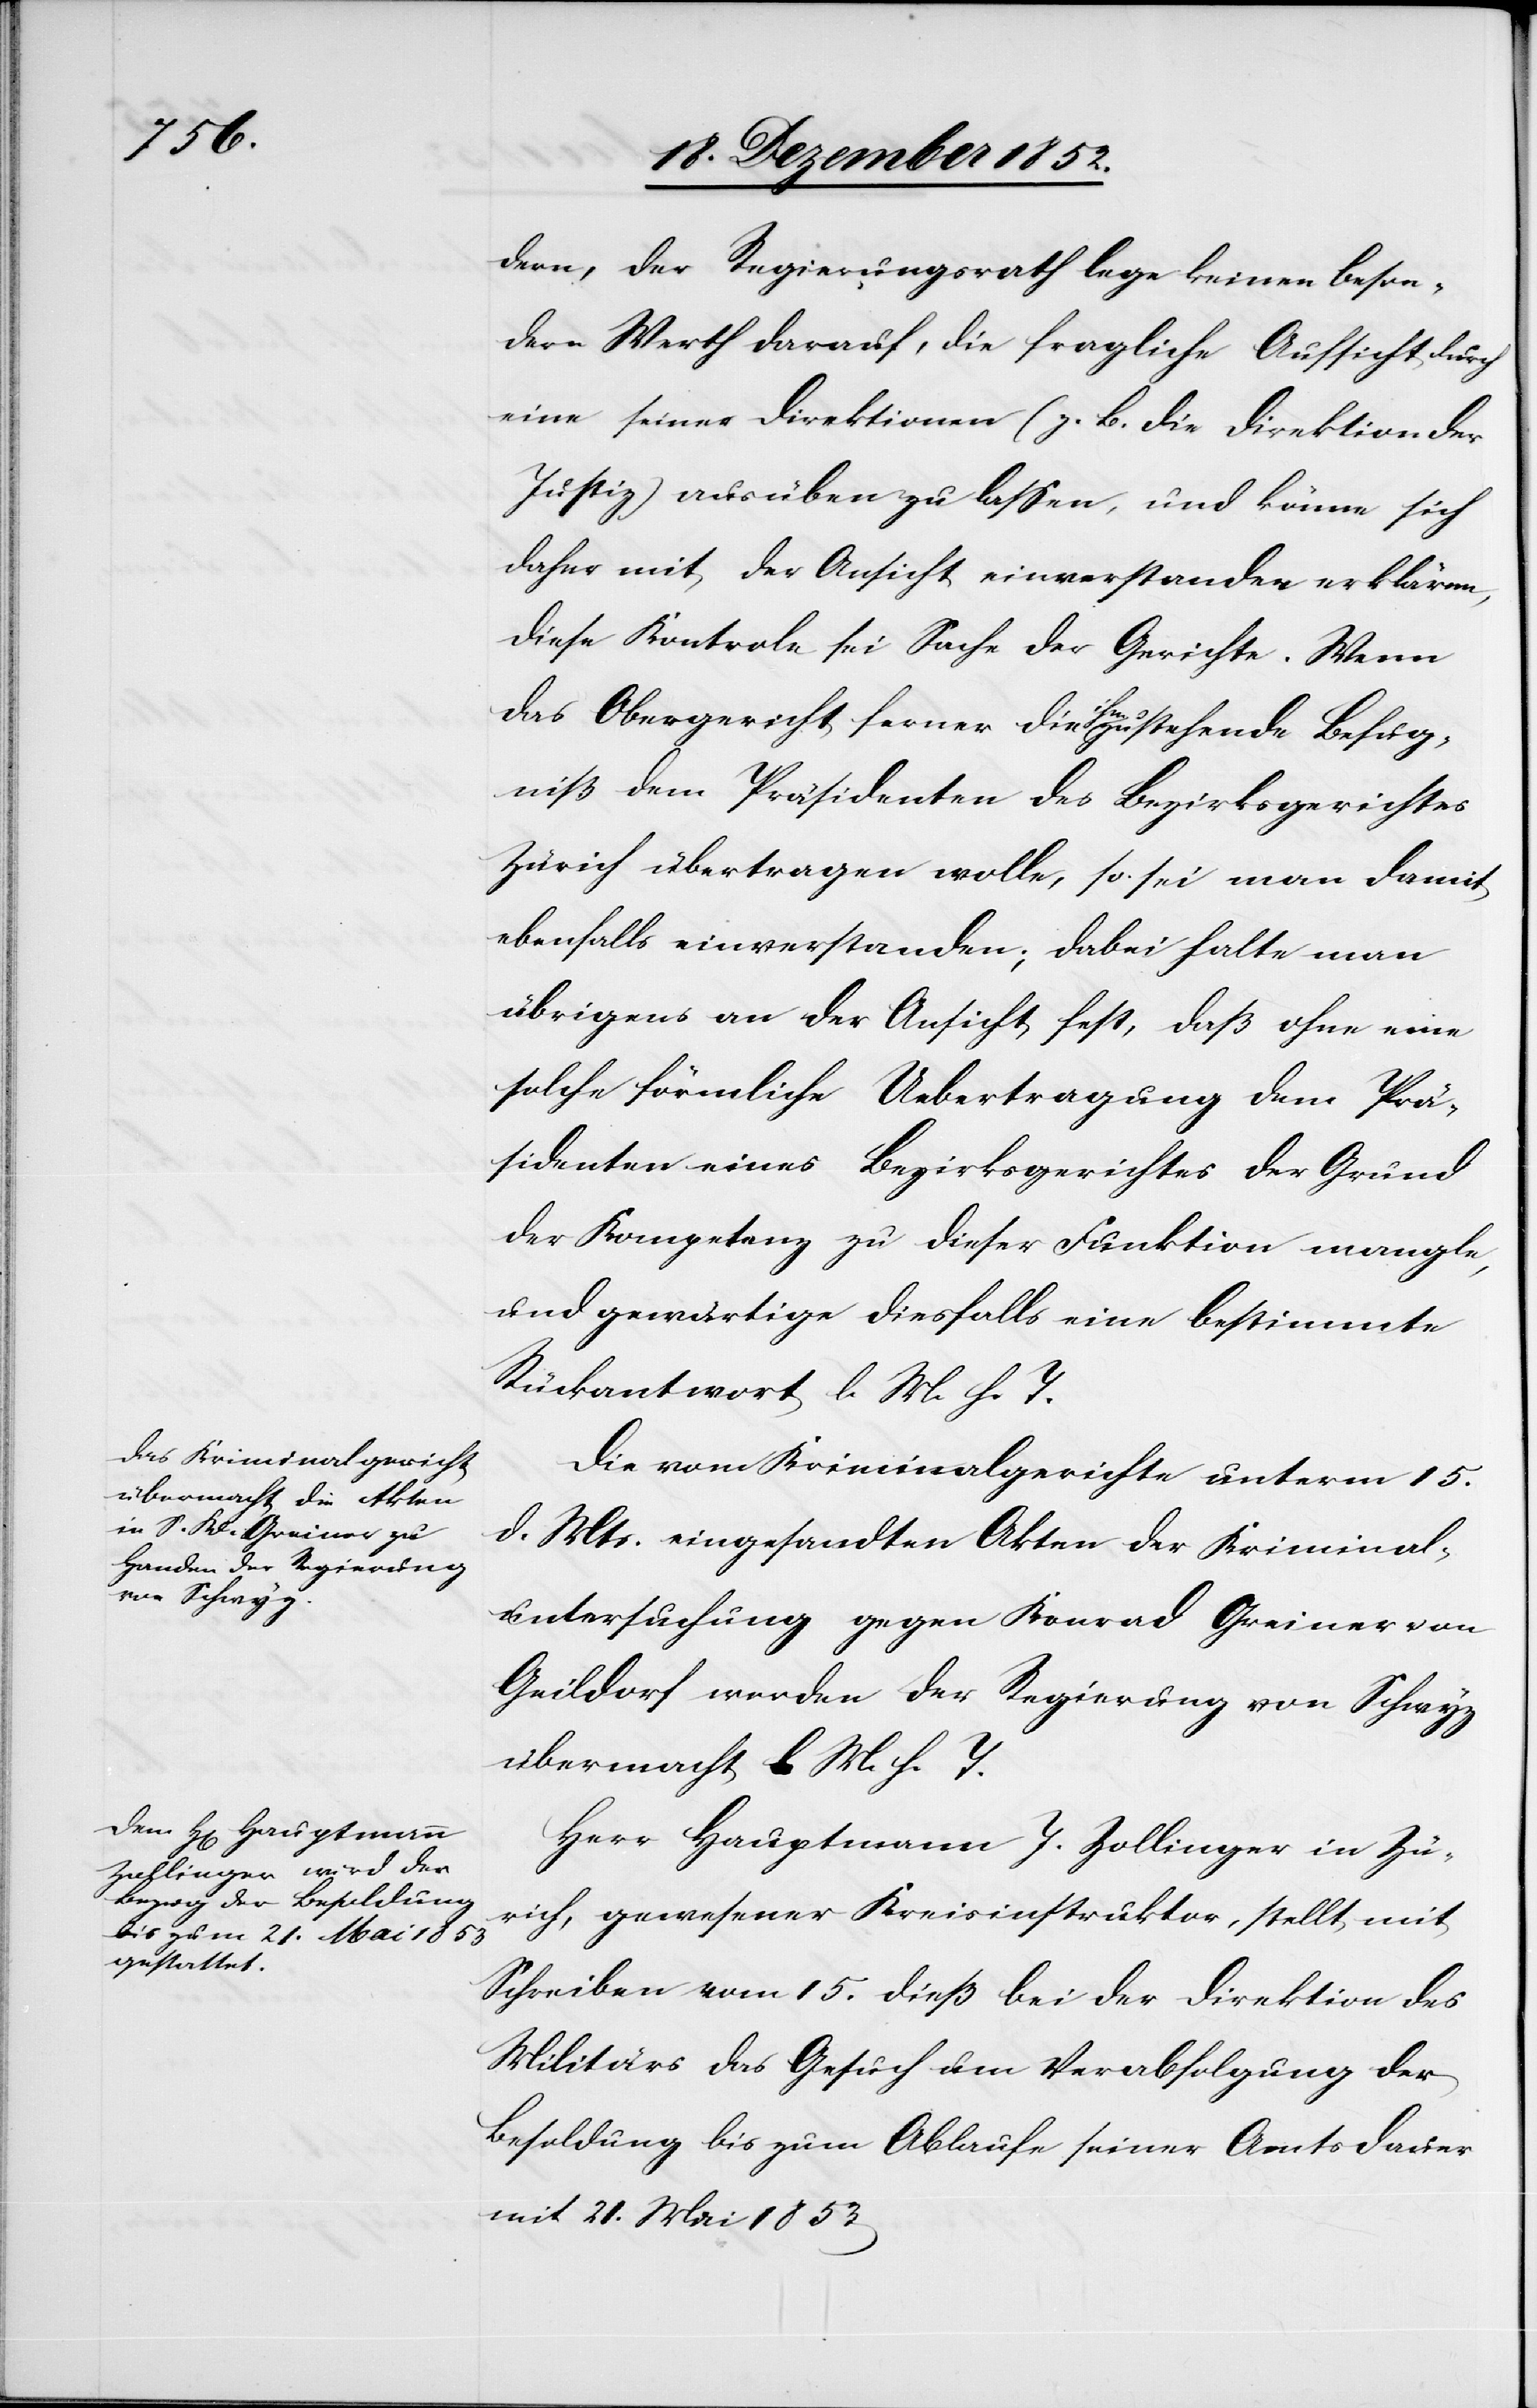
dern, der Regierungsrath lege keinen beson¬
dern Werth darauf, die fragliche Aufsicht durch
eine seiner Direktionen (z. B. die Direktion der
Justiz) ausüben zu lassen, und könne sich
daher mit der Ansicht einverstanden erklären,
diese Kontrole sei Sache der Gerichte. Wenn
das Obergericht ferner die ihm zustehende Befug¬
niß dem Präsidenten des Bezirksgerichtes
Zürich übertragen wolle, so sei man damit
ebenfalls einverstanden; dabei halte man
übrigens an der Ansicht fest, daß ohne eine
solche förmliche Uebertragung dem Prä¬
sidenten eines Bezirksgerichtes der Grund
der Kompetenz zu dieser Funktion mangle,
und gewärtige diesfalls eine bestimmte
Rückantwort l. M. h. T.
Die vom Kriminalgerichte unterm 15.
d. Mts. eingesandten Akten der Kriminal¬
untersuchung gegen Konrad Greiner von
Geildorf werden der Regierung von Schwyz
übermacht l M. h. T.
Herr Hauptmann J. Zollinger in Zü¬
rich, gewesener Kreisinstruktor, stellt mit
Schreiben vom 15. dieß bei der Direktion des
Militärs das Gesuch um Verabfolgung der
Besoldung bis zum Ablaufe seiner Amtsdauer
mit 21. Mai 1853